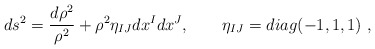
\begin{align*}ds^2= \frac{d\rho^2}{\rho^2}+\rho^2\eta_{IJ}dx^Idx^J, \qquad\eta_{IJ} = diag(-1,1,1)\ ,\end{align*}